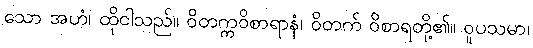
သော အဟံ၊ ထိုငါသည်။ ဝိတက္ကဝိစာရာနံ၊ ဝိတက် ဝိစာရတို့၏။ ဝူပသမာ၊